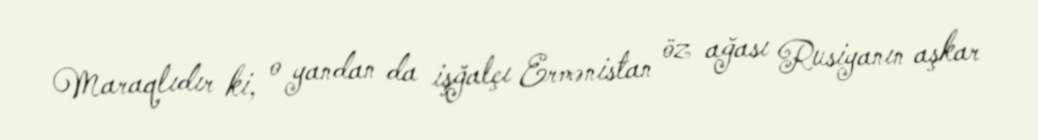
Maraqlıdır ki, o yandan da işğalçı Ermənistan öz ağası Rusiyanın aşkar